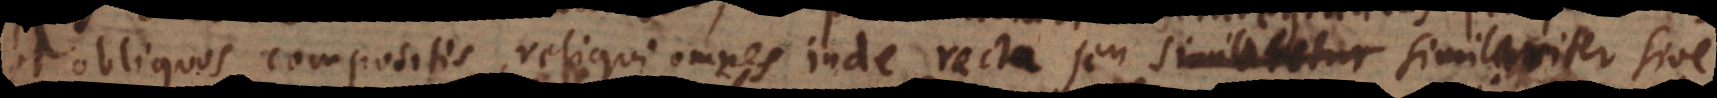
obliquos compositis, reliqui omnes inde recte recta seu similariter sive